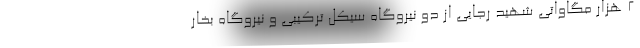
2 هزار مگاواتی شهید رجایی از دو نیروگاه سیکل ترکیبی و نیروگاه بخار